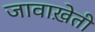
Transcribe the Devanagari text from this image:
जावाख़ेती